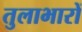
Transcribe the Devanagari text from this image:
तुलाभारों